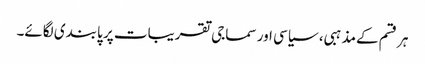
ہر قسم کےمذہبی، سیاسی اور سماجی تقریبات پر پابندی لگائے۔